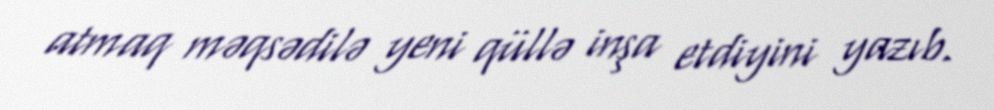
atmaq məqsədilə yeni qüllə inşa etdiyini yazıb.